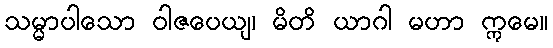
သမ္မာပါသော ဝါဇပေယျ၊ မိတိ ယာဂါ မဟာ ဣမေ။